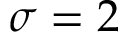
\sigma = 2